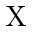
\mathrm { X }